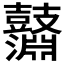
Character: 𪔱